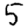
Digit: 5